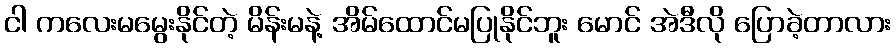
ငါ ကလေးမမွေးနိုင်တဲ့ မိန်းမနဲ့ အိမ်ထောင်မပြုနိုင်ဘူး မောင် အဲဒီလို ပြောခဲ့တာလား